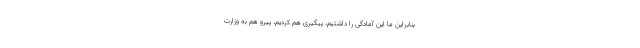
بنابراین ما این آمادگی را داشتیم، پیگیری هم کردیم، پیرو هم به وزارت